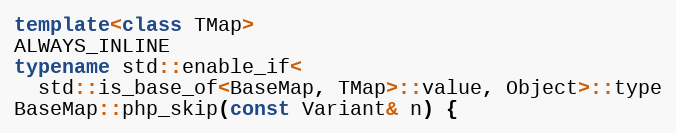
Language: C++
template<class TMap>
ALWAYS_INLINE
typename std::enable_if<
  std::is_base_of<BaseMap, TMap>::value, Object>::type
BaseMap::php_skip(const Variant& n) {